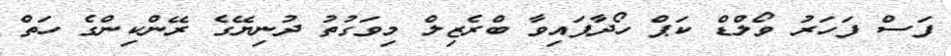
ފަސް ފަހަރު ވޯލްޑް ކަޕް ހޯދާފައިވާ ބްރެޒިލް މިވަގުތު ދުނިޔޭގެ ރޭންކިންގެ ހަތް